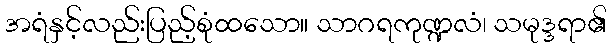
အရံနှင့်လည်းပြည့်စုံထသော။ သာဂရကုဏ္ဍလံ၊ သမုဒ္ဒရာ၏